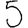
Digit: 5